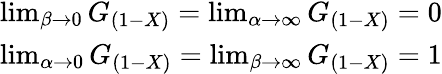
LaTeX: \begin{array}{r}{\operatorname*{lim}_{\beta\to 0}G_{(1-X)}=\operatorname*{lim}_{\alpha\to\infty}G_{(1-X)}=0}\\ {\operatorname*{lim}_{\alpha\to 0}G_{(1-X)}=\operatorname*{lim}_{\beta\to\infty}G_{(1-X)}=1}\end{array}